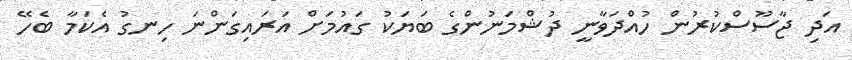
އަދި ޖާސޫސްކުރުން ހުއްދަވާނީ ދުޝްމަނުންގެ ބަޔަކު ގައުމަށް އަރައިގަންނަ ހިނގު އެކަމާ ބެހޭ